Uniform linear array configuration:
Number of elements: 8
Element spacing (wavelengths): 1
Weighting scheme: binomial
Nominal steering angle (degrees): -60
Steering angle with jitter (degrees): -59.415
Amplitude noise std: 0.05
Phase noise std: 0.05

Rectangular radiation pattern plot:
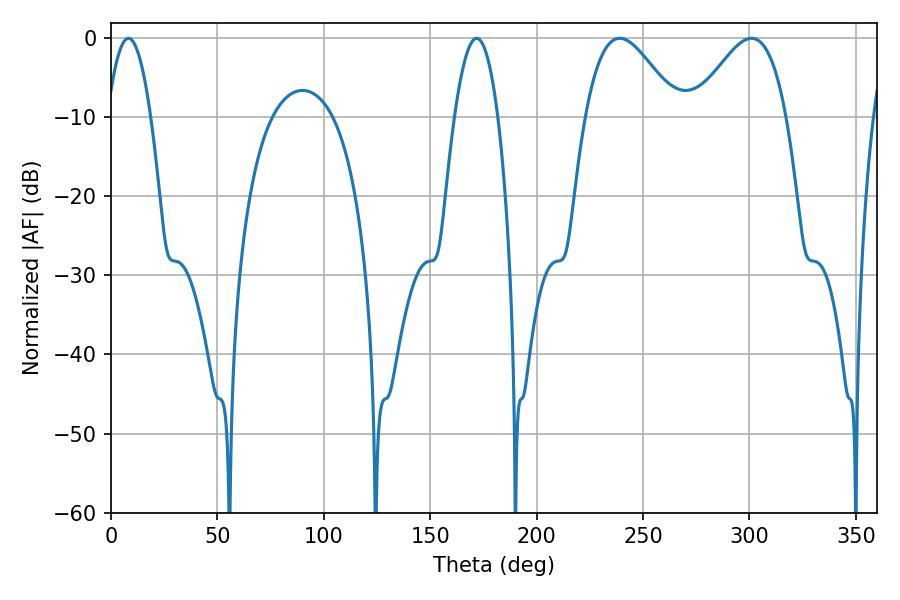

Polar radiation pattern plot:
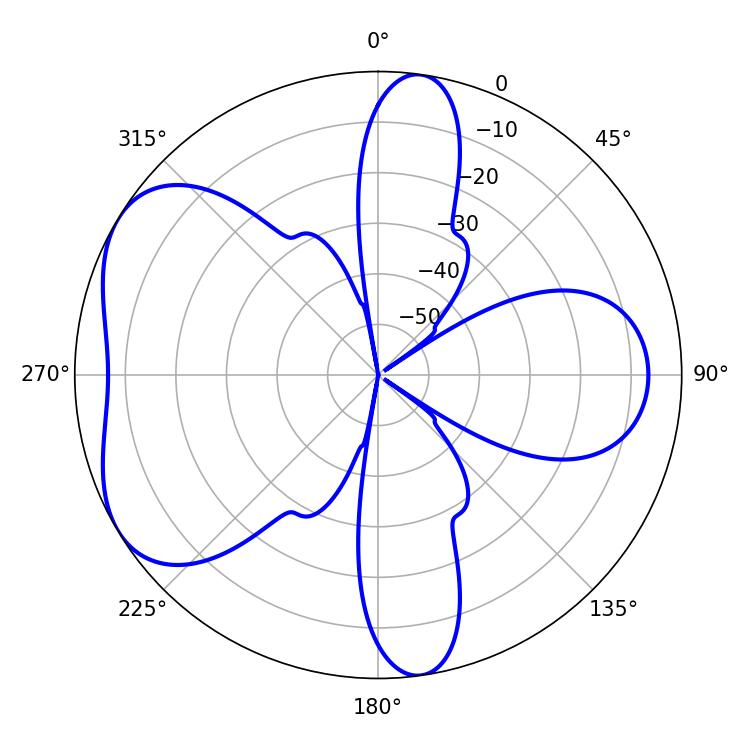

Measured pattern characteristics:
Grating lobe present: TRUE
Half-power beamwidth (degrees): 23.22
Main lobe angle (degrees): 239.04